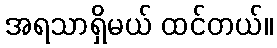
အရသာရှိမယ် ထင်တယ်။